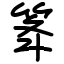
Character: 䇨